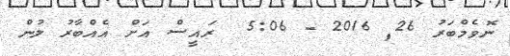
ނޮވެމްބަރު 26